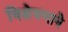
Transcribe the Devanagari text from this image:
विश्लेषणाने